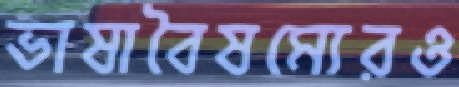
ভাষাবৈষম্যেরও